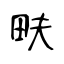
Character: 畉